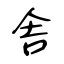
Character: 舎